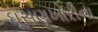
ઘૂસણખોરીના